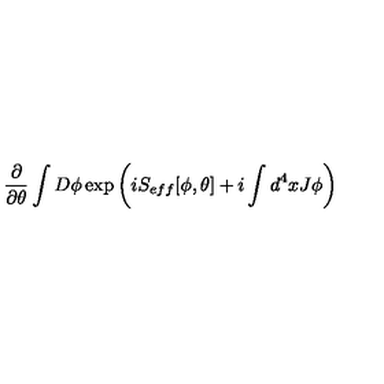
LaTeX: \frac { \partial } { \partial \theta } \int D \phi \exp \left( i S _ { e f f } [ \phi , \theta ] + i \int d ^ { 4 } x J \phi \right)